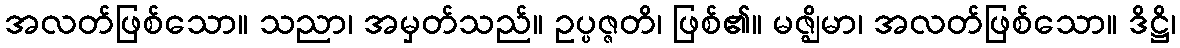
အလတ်ဖြစ်သော။ သညာ၊ အမှတ်သည်။ ဥပ္ပဇ္ဇတိ၊ ဖြစ်၏။ မဇ္ဈိမာ၊ အလတ်ဖြစ်သော။ ဒိဋ္ဌိ၊